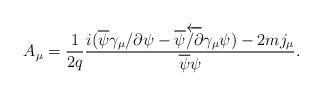
LaTeX: \begin{align*}A_{\mu}= \frac {1}{2q} \frac{ i(\overline{\psi} \gamma_{\mu} \slash{\partial} \psi- \overline{\psi}\overleftarrow{\slash{\partial}} \gamma_{\mu}\psi) -2 m j_\mu} {\overline{\psi}\psi}. \end{align*}